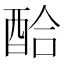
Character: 𲆪